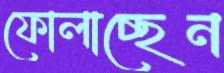
ফোলাচ্ছেন